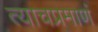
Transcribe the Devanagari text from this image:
त्याचप्रमाणं